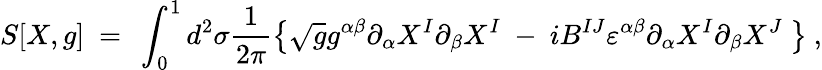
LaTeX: S[X,g]\ =\ \int_{0}^{1}d^{2}\sigma\frac{1}{2\pi}\left\{ \sqrt{g}g^{\alpha\beta}\partial_{\alpha}X^{I}\partial_{\beta}X^{I}\ -\ iB^{IJ}\varepsilon^{\alpha\beta}\partial_{\alpha}X^{I}\partial_{\beta}X^{J}\ \right\} \ ,